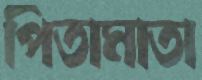
পিতামাতা